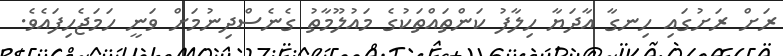
ރަށް ރަށުގައި ހިނގާ އާދަޔާ ހިލާފު ކަންތައްތަކުގެ މައުލޫމާތު ގެނެސްދިނުމަށް ވަނީ ހަމަޖެހިފައެވެ.